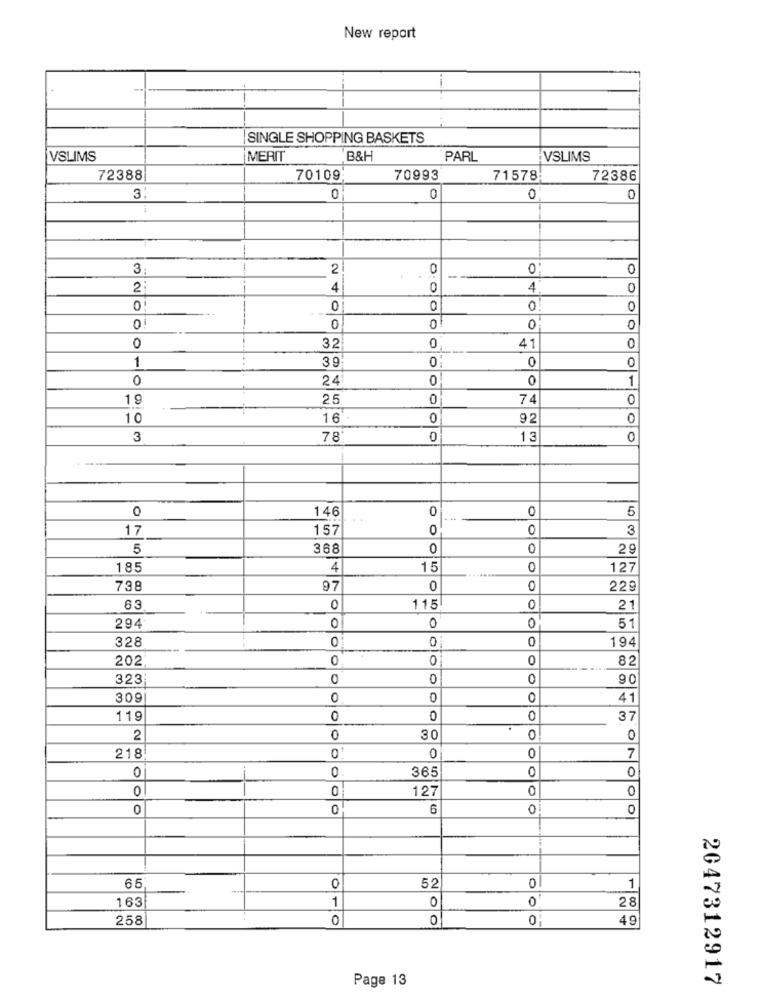
New report
SINGLE SHOPPING BASKETS
VSLIMS
MERIT
B&H
PARL
VSLIMS
72388
70109
70993
71578
72386
3
0
0
0
3 :
..
2
0
0
0
2
4
0
4
0
0
0
0
0
0
0
0
0
0
32
0
41
0
1
39
0
0
0
0
24
0
0
1
19
25
0
74
0
10
16
0
92
0
3
78
0
13
0
0
146
0
5
17
157
0
3
5
368
0
29
185
4
15
......
127
738
97
0
0
229
63
0
115
0
21
0
294
0
51
328
0
01
0
194
202
0
01
82
323
0
0
90
309
0
O
41
119
0
0
37
2
0
30
0
0
0
218
0
0
7
0
365
0
0
0
0
127
0
0
0
6
0
0
66
0
0
52
1
163
1
0
28
0
258
0
0
0
49
Page 13
2047312917